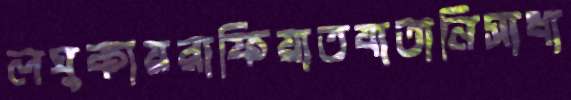
লঘুকায়রাফিয়াতযাতানিসাধা